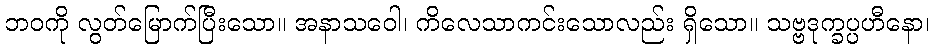
ဘဝကို လွတ်မြောက်ပြီးသော။ အနာသဝေါ၊ ကိလေသာကင်းသောလည်း ရှိသော။ သဗ္ဗဒုက္ခပ္ပဟီနော၊